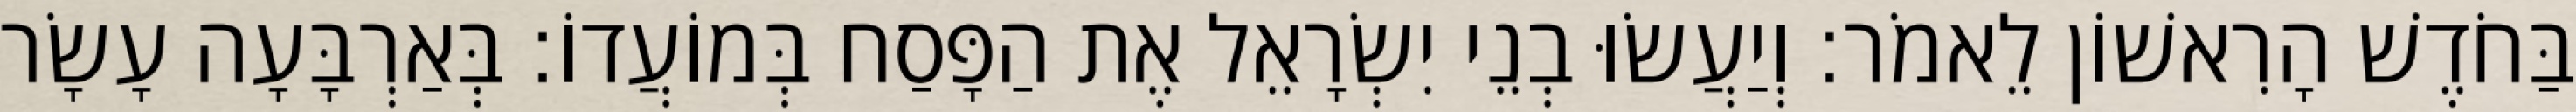
בַּחֹדֶשׁ הָרִאשׁוֹן לֵאמֹר׃ וְיַעֲשׂוּ בְנֵי יִשְׂרָאֵל אֶת הַפָּסַח בְּמוֹעֲדוֹ׃ בְּאַרְבָּעָה עָשָׂר